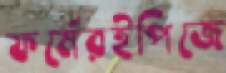
ফর্মেরইপিজে